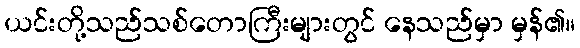
ယင်းတို့သည်သစ်တောကြီးများတွင် နေသည်မှာ မှန်၏။